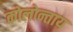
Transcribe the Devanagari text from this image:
कोलोन्ताय